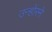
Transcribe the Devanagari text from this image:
उन्होंरने